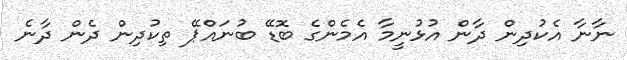
ނާނާ އެކުދިން ދާން އުޅުނީމާ އެމެންގެ ބޮޑޭ ބުނައްޕޭ ތިކުދިން ދެން ދާނެ